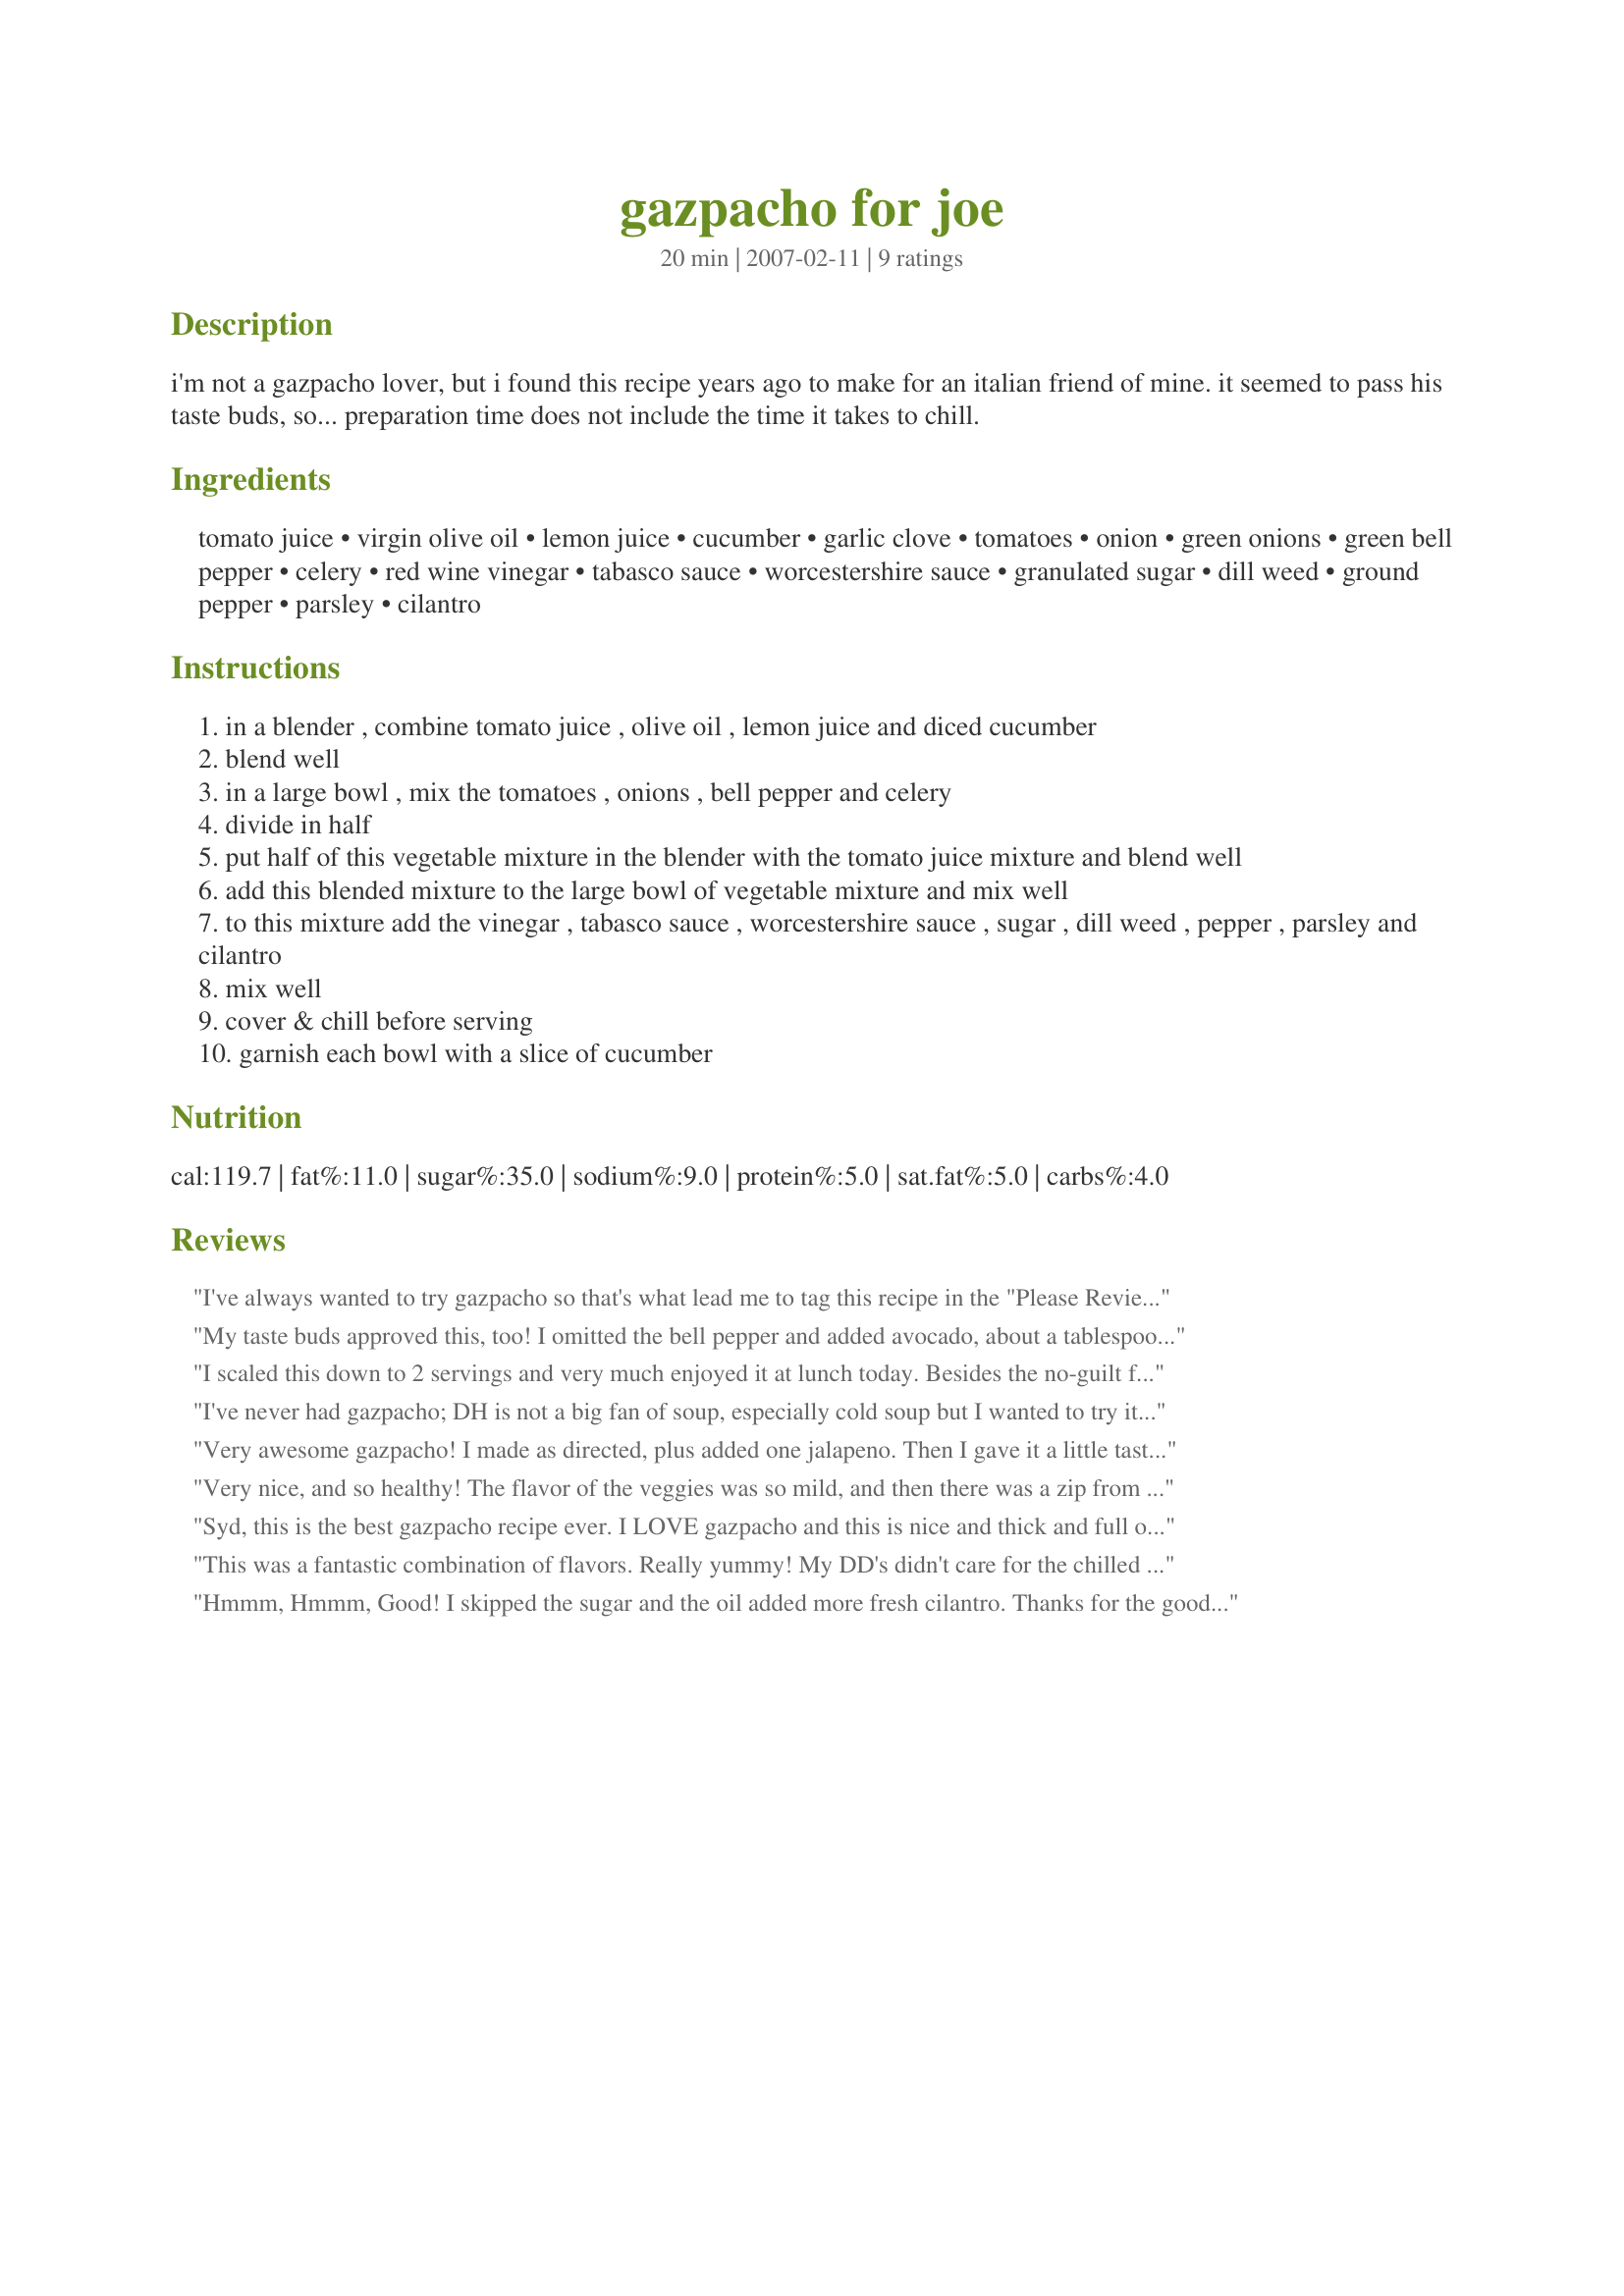
gazpacho for joe
Preparation time: 20 minutes

i'm not a gazpacho lover, but i found this recipe years ago to make for an italian friend of mine. it seemed to pass his taste buds, so... preparation time does not include the time it takes to chill.

Ingredients:
tomato juice, virgin olive oil, lemon juice, cucumber, garlic clove, tomatoes, onion, green onions, green bell pepper, celery, red wine vinegar, tabasco sauce, worcestershire sauce, granulated sugar, dill weed, ground pepper, parsley, cilantro

Steps:
in a blender , combine tomato juice , olive oil , lemon juice and diced cucumber
blend well
in a large bowl , mix the tomatoes , onions , bell pepper and celery
divide in half
put half of this vegetable mixture in the blender with the tomato juice mixture and blend well
add this blended mixture to the large bowl of vegetable mixture and mix well
to this mixture add the vinegar , tabasco sauce , worcestershire sauce , sugar , dill weed , pepper , parsley and cilantro
mix well
cover & chill before serving
garnish each bowl with a slice of cucumber

Reviews:
I've always wanted to try gazpacho so that's what lead me to tag this recipe in the "Please Review My Recipe" tag game. I've never had a cold soup, either, but this was very good! It is very simple to make and I chilled it for about two hours before serving it for lunch. I like that it is low in calories and I think this will be very refreshing to make in the summer again! Thanks for posting!
My taste buds approved this, too! I omitted the bell pepper and added avocado, about a tablespoon more red wine vinegar, and lots more cilantro and this was really delicious. I prefer it slightly chunky and your directions yielded that result perfectly. I kept going back for spoonfuls after my initial serving. ;) Many thanks for a great gazpacho, Sydney Mike!
I scaled this down to 2 servings and very much enjoyed it at lunch today. Besides the no-guilt factor (very important with all this cooking during the Tour!), it was so delicious that you forgot it was actually good for you! A definite make-again for us during the summer.
I've never had gazpacho; DH is not a big fan of soup, especially cold soup but I wanted to try it anyway! And I am glad I did! I loved it. DH tried it and said 'not bad', that's 5 stars! My neighbour had popped over, he had 2 helpings, so that says it all! Thank you, Syd, for posting this wonderful recipe, I definitely will be making it again!
Very awesome gazpacho! I made as directed, plus added one jalapeno. Then I gave it a little taste to see if it needed anything - it didn't need anything! This was just perfect - I loved the dill and cilantro combination. My DH and I almost finished the entire thing off last night; he gobbled the leftovers up for lunch today. I'll be doing this one again when the tomatoes and peppers are ripe in my garden! Made for Zaar Stars.
Very nice, and so healthy! The flavor of the veggies was so mild, and then there was a zip from the vinegar, Tabasco, and worcestershire. I am looking forward to trying it again in the summer with even fresher produce from the local farmer's market. Thanks for sharing!
Syd, this is the best gazpacho recipe ever. I LOVE gazpacho and this is nice and thick and full of flavor. Will make this again very soon and then often when the fresh vegetables come in in my garden. Thanks for sharing.
This was a fantastic combination of flavors. Really yummy! My DD's didn't care for the chilled treat, so I dished out their cucumbers, heated it up warm, and then added the cucumbers back to their bowls and they gobbled it up. lol So, in the end we all enjoyed it! Thanks Syd! Made for the veg*n swap.
Hmmm, Hmmm, Good! 
I skipped the sugar and the oil added more fresh cilantro. Thanks for the goodness!
